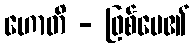
ဟောတိ - ဖြစ်ပေ၏